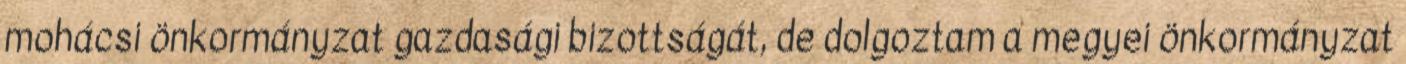
mohácsi önkormányzat gazdasági bizottságát, de dolgoztam a megyei önkormányzat